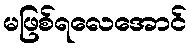
မဖြစ်ရလေအောင်